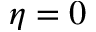
\eta = 0